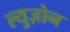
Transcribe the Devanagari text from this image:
ल्युज़ोन